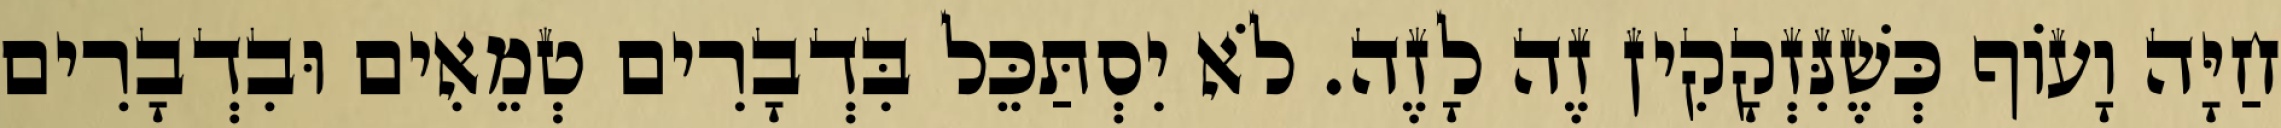
חַיָּה וָעוֹף כְּשֶׁנִּזְקָקִין זֶה לָזֶה. לֹא יִסְתַּכֵּל בִּדְבָרִים טְמֵאִים וּבִדְבָרִים